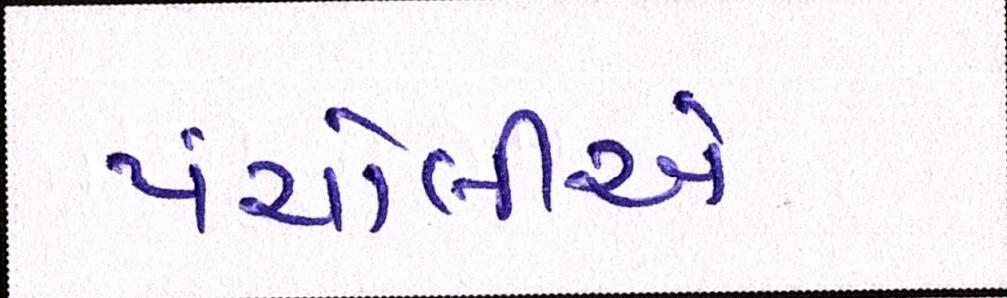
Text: પંચોલીએ